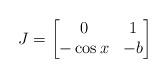
LaTeX: \begin{align*}J = \begin{bmatrix}0& 1 \\ -\cos x & -b \end{bmatrix}\end{align*}